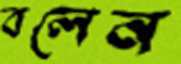
বলেন